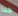
جدا